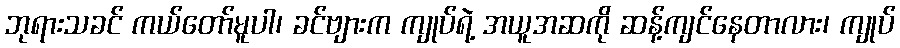
ဘုရားသခင် ကယ်တော်မူပါ၊ ခင်ဗျားက ကျုပ်ရဲ့ အယူအဆကို ဆန့်ကျင်နေတာလား၊ ကျုပ်